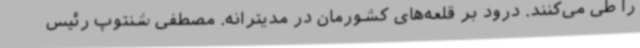
را طی می‌کنند. درود بر قلعه‌های کشورمان در مدیترانه. مصطفی شنتوپ رئیس